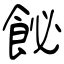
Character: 飶